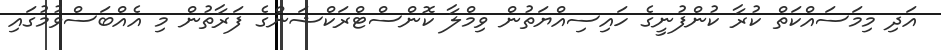
އަދި މިމަސައްކަތް ކުރާ ކުންފުނީގެ ހައިސިއްޔަތުން ވިމްލާ ކޮންސްޓްރަކްޝަންގެ ފަރާތުން މި އެއްބަސްވުމުގައި